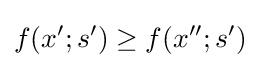
f(x';s')\geq f(x'';s')